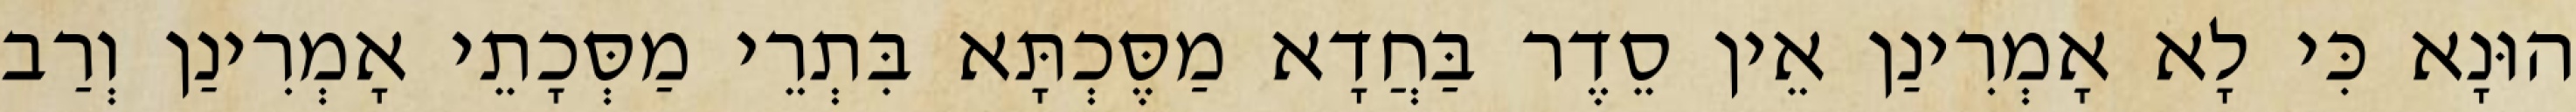
הוּנָא כִּי לָא אָמְרִינַן אֵין סֵדֶר בַּחֲדָא מַסֶּכְתָּא בִּתְרֵי מַסְּכָתֵי אָמְרִינַן וְרַב